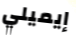
إيميلي